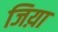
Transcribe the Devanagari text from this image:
जिय़ा